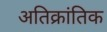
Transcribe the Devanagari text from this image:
अतिक्रांतिक